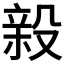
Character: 𭮸